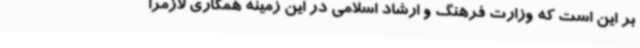
بر این است که وزارت فرهنگ و ارشاد اسلامی در این زمینه همکاری لازمرا